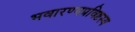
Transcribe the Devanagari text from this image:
भवारण्यप्रविष्टस्य